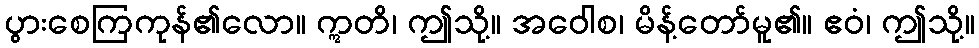
ပွားစေကြကုန်၏လော။ ဣတိ၊ ဤသို့။ အဝေါစ၊ မိန့်တော်မူ၏။ ဧဝံ၊ ဤသို့။